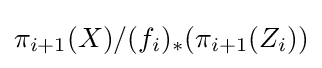
\pi _{i+1}(X)/(f_{i})_{*}(\pi _{i+1}(Z_{i}))